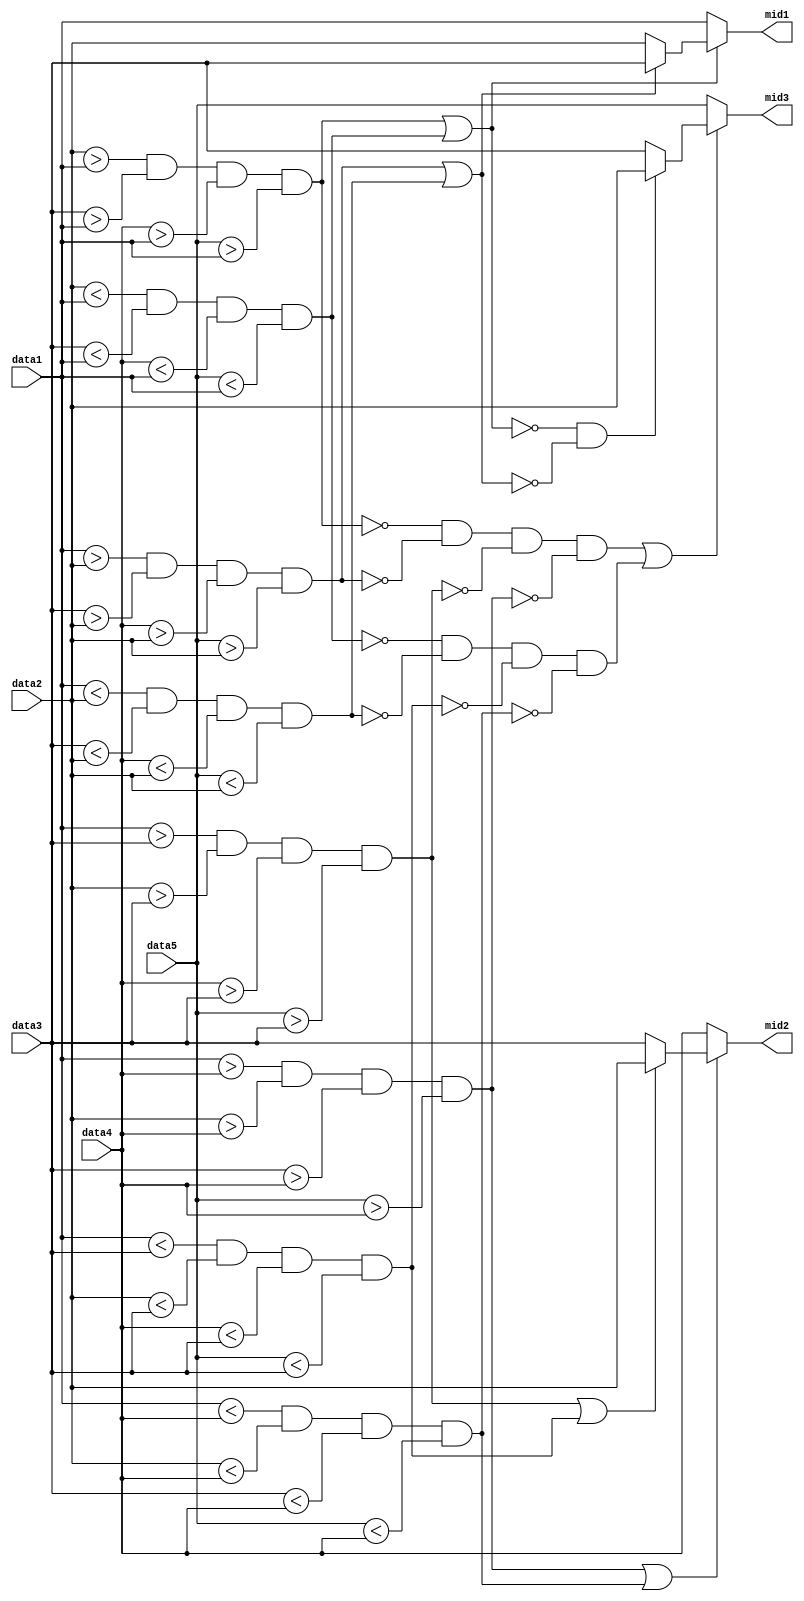
`timescale 1ns / 1ps
//////////////////////////////////////////////////////////////////////////////////
// Company:        MIT 6.111 Final Project
// 
// Module Name:    Mid3_of5
// Project Name:   FPGA Phone Home
//
//////////////////////////////////////////////////////////////////////////////////

module mid3_of5
	(input [7:0] data1,
	 input [7:0] data2,
	 input [7:0] data3,
	 input [7:0] data4,
	 input [7:0] data5,
	 output [7:0] mid1,
	 output [7:0] mid2,
	 output [7:0] mid3);
	 
	 wire min1;
	 wire max1;
	 wire min2;
	 wire max2;
	 wire min3;
	 wire max3;
	 wire min4;
	 wire max4;
	 wire min5;
	 wire max5;
	 assign min1 = (data2 > data1) && (data3 > data1) &&
						 (data4 > data1) && (data5 > data1);
	 assign min2 = (data1 > data2) && (data3 > data2) &&
						 (data4 > data2) && (data5 > data2);
	 assign min3 = (data1 > data3) && (data2 > data3) &&
						 (data4 > data3) && (data5 > data3);
	 assign min4 = (data1 > data4) && (data2 > data4) &&
						 (data3 > data4) && (data5 > data4);
	 assign max1 = (data2 < data1) && (data3 < data1) &&
						 (data4 < data1) && (data5 < data1);
	 assign max2 = (data1 < data2) && (data3 < data2) &&
						 (data4 < data2) && (data5 < data2);
	 assign max3 = (data1 < data3) && (data2 < data3) &&
						 (data4 < data3) && (data5 < data3);
	 assign max4 = (data1 < data4) && (data2 < data4) &&
						 (data3 < data4) && (data5 < data4);
	 assign min5 = !min1&!min2&!min3&!min4;
	 assign max5 = !max1&!max2&!max3&!max4;
	 
	 wire boundry1;
	 wire boundry2;
	 wire boundry3;
	 wire boundry4;
	 wire boundry5;
	 assign boundry1 = min1 | max1;
	 assign boundry2 = min2 | max2;
	 assign boundry3 = min3 | max3;
	 assign boundry4 = min4 | max4;
	 assign boundry5 = min5 | max5;
	
	 assign mid1 = !boundry1 ? data1 : (!boundry2 ? data2 : data3);
	 assign mid2 = !boundry4 ? data4 : (!boundry3 ? data3 : data2);
	 assign mid3 = !boundry5 ? data5 : (!boundry1&!boundry2 ? data2 : data3);
	 
endmodule